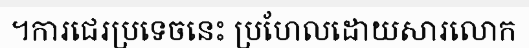
។ការជេរប្រទេចនេះ ប្រហែលដោយសារលោក